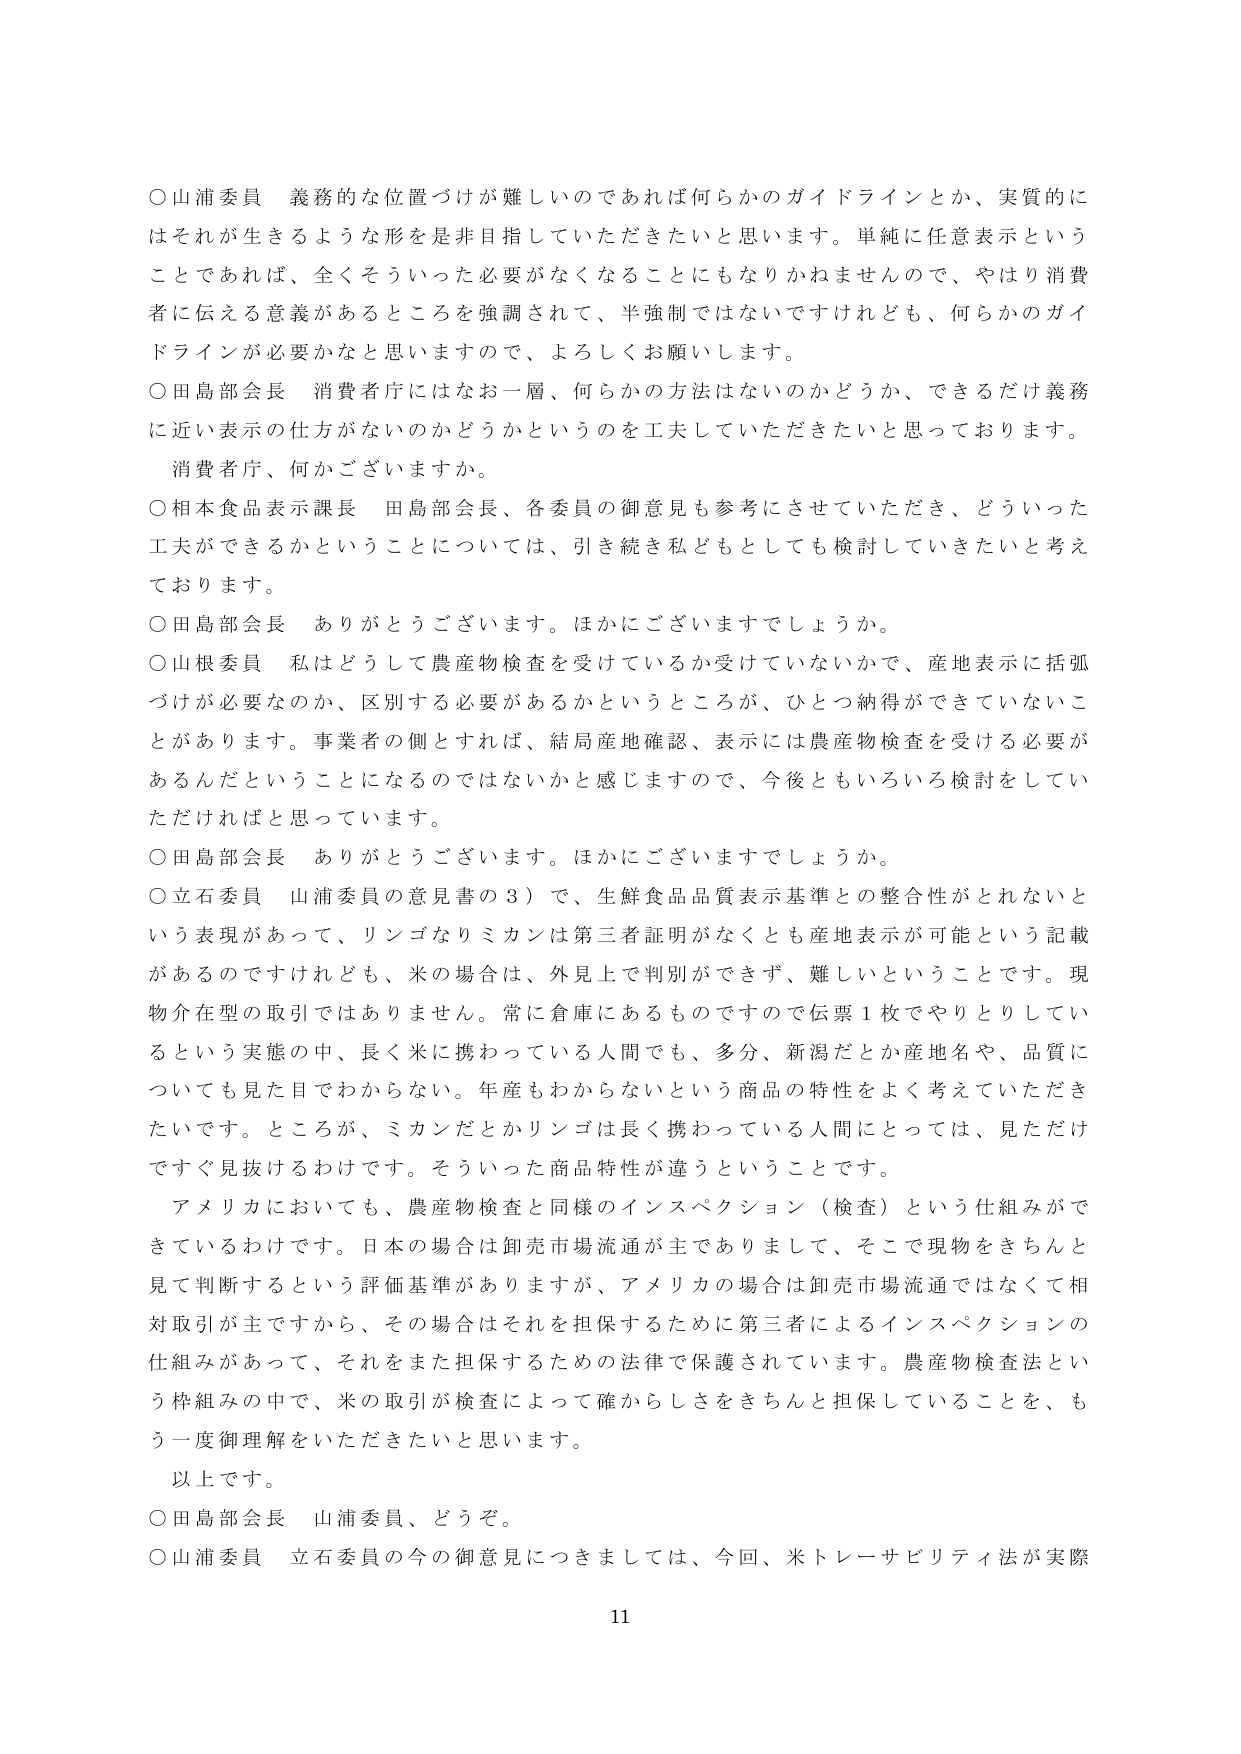
○山浦委員 義務的な位置づけが難しいのであれば何らかのガイドラインとか、実質的にはそれが生きるような形を是非目指していただきたいと思います。単純に任意表示ということであれば、全くそういった必要がなくなることにもなりかねませんので、やはり消費者に伝える意義があるところを強調されて、半強制ではないですけれども、何らかのガイドラインが必要かなと思いますので、よろしくお願いします。

○田島部会長 消費者庁にはなお一層、何らかの方法はないのかどうか、できるだけ義務に近い表示の仕方がないのかどうかというのを工夫していただきたいと思っております。消費者庁、何かございますか。

○相本食品表示課長 田島部会長、各委員の御意見も参考にさせていただき、どういった工夫ができるかということについては、引き続き私どもとしても検討していきたいと考えております。

○田島部会長 ありがとうございます。ほかにございますでしょうか。

○山根委員 私はどうして農産物検査を受けているか受けていないかで、産地表示に括弧づけが必要なのか、区別する必要があるかというところが、ひとつ納得ができていないことがあります。事業者の側とすれば、結局産地確認、表示には農産物検査を受ける必要があるんだということになるのではないかと感じますので、今後ともいろいろ検討をしていただければと思っています。

○田島部会長 ありがとうございます。ほかにございますでしょうか。

○立石委員 山浦委員の意見書の３）で、生鮮食品品質表示基準との整合性がとれないという表現があって、リンゴなりミカンは第三者証明がなくとも産地表示が可能という記載があるのですけれども、米の場合は、外見上で判別ができず、難しいということです。現物介在型の取引ではありません。常に倉庫にあるものですので伝票１枚でやりとりしているという実態の中、長く米に携わっている人間でも、多分、新潟だとか産地名や、品質についても見た目でわからない。年産もわからないという商品の特性をよく考えていただきたいです。ところが、ミカンだとかリンゴは長く携わっている人間にとっては、見ただけですぐ見抜けるわけです。そういった商品特性が違うということです。

アメリカにおいても、農産物検査と同様のインスペクション（検査）という仕組みができているわけです。日本の場合には卸売市場流通が主でありまして、そこで現物をきちんと見て判断するという評価基準がありますが、アメリカの場合は卸売市場流通ではなくて相対取引が主ですから、その場合はそれを担保するために第三者によるインスペクションの仕組みがあって、それをまた担保するための法律で保護されています。農産物検査法という枠組みの中で、米の取引が検査によって確からしさをきちんと担保していることを、もう一度御理解をいただきたいと思います。

以上です。

○田島部会長 山浦委員、どうぞ。

○山浦委員 立石委員の今の御意見につきましては、今回、米トレーサビリティ法が実際

11